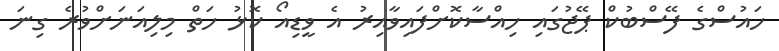
ހައުސްގެ ފޭސްބުކް ޕޭޖުގައި ހިއްސާކޮށްފައިވާއިރު އެ ވީޑިއޯ ކޮޅު ހަތް މިލިއަނަށްވުރެ ގިނަ